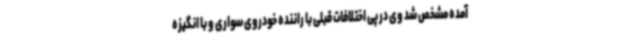
آمده مشخص شد وی در پی اختلافات قبلی با راننده خودروی سواری و با انگیزه